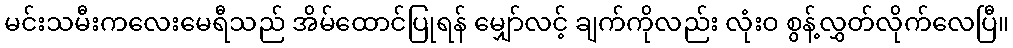
မင်းသမီးကလေးမေရီသည် အိမ်ထောင်ပြုရန် မျှော်လင့် ချက်ကိုလည်း လုံးဝ စွန့်လွှတ်လိုက်လေပြီ။